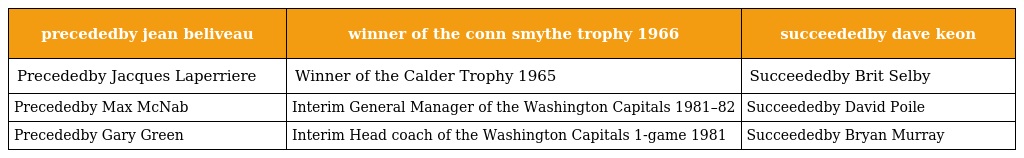
| precededby jean beliveau | winner of the conn smythe trophy 1966 | succeededby dave keon |
 | --- | --- | --- |
 | Precededby Jacques Laperriere | Winner of the Calder Trophy 1965 | Succeededby Brit Selby |
 | Precededby Max McNab | Interim General Manager of the Washington Capitals 1981–82 | Succeededby David Poile |
 | Precededby Gary Green | Interim Head coach of the Washington Capitals 1-game 1981 | Succeededby Bryan Murray |